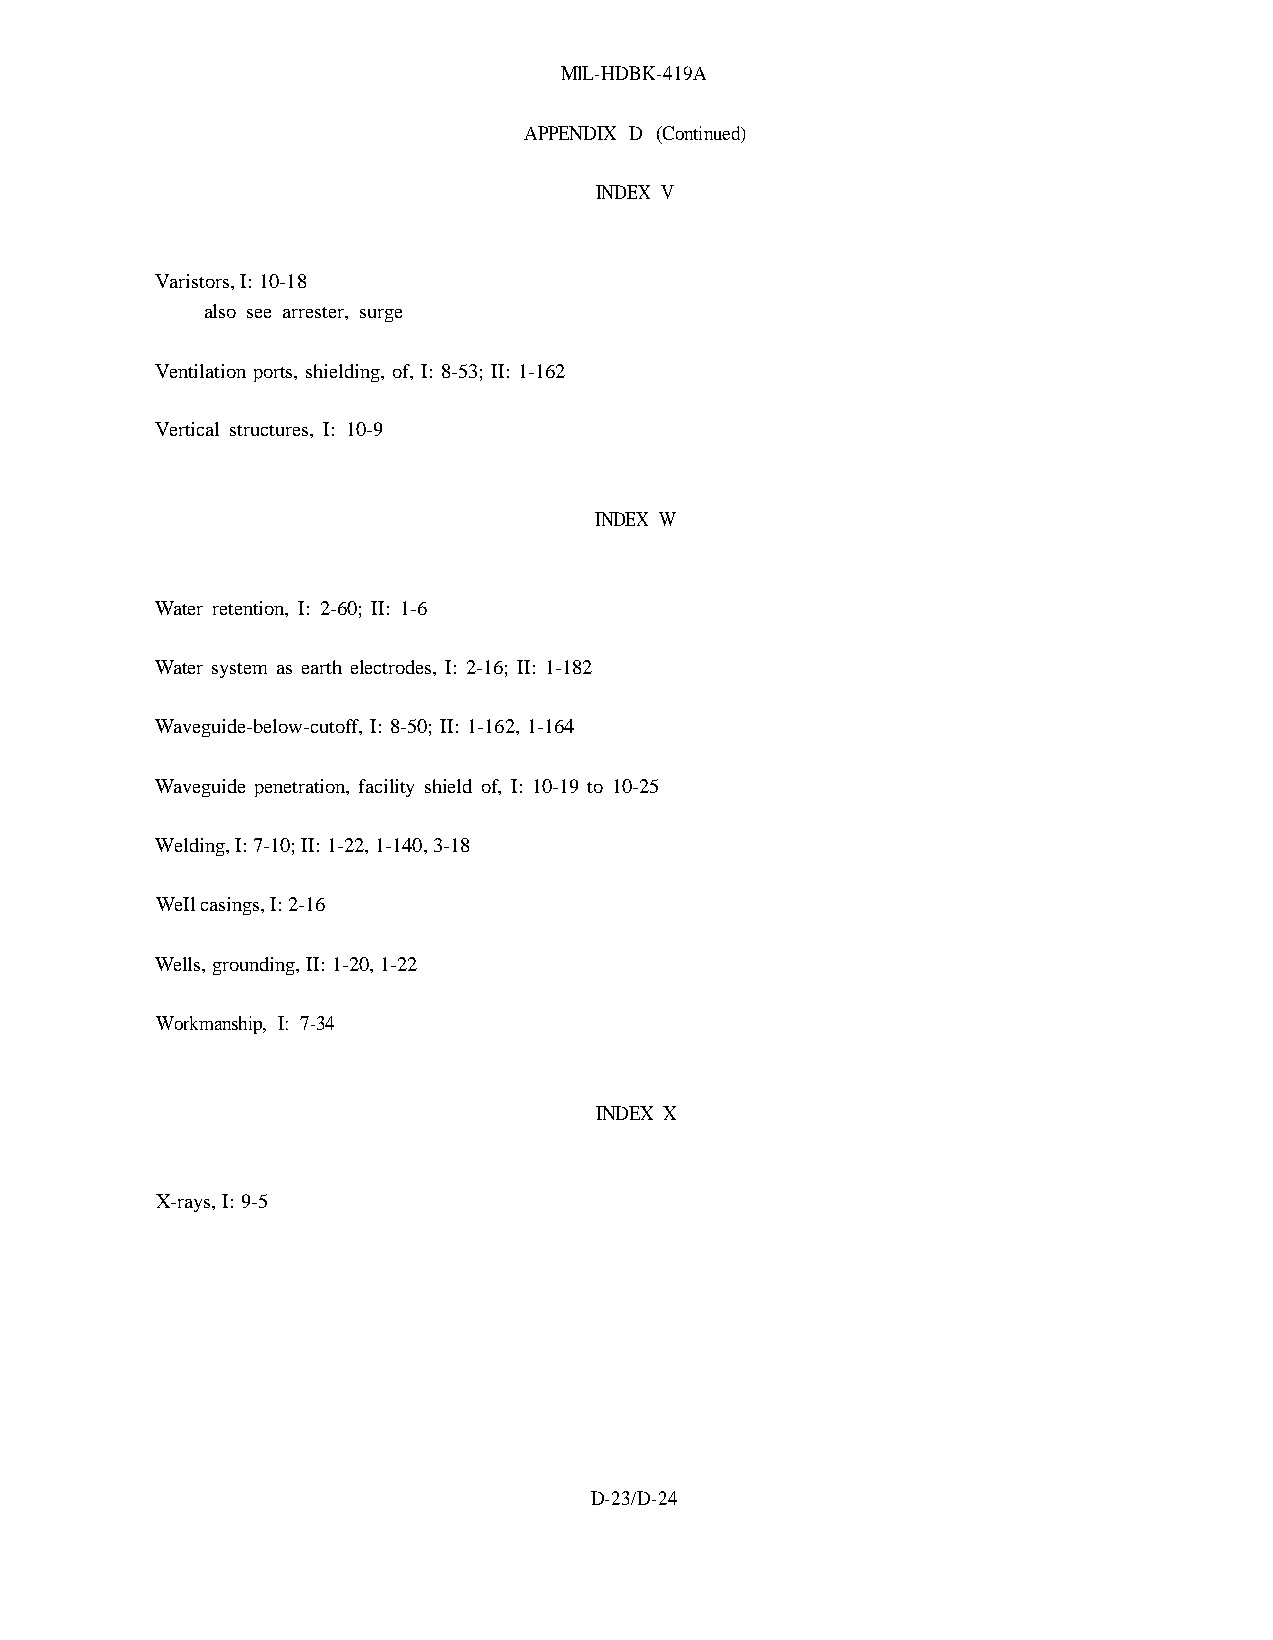
MlL-HDBK-419A
 APPENDIX D (Continued)
 INDEX V
 Varistors, I: 10-18
 also see arrester, surge
 Ventilation ports, shielding, of, I: 8-53; II: 1-162
 Vertical structures, I: 10-9
 INDEX W
 Water retention, I: 2-60; II: 1-6
 Water system as earth electrodes, I: 2-16; II: 1-182
 Waveguide-below-cutoff, I: 8-50; II: 1-162, 1-164
 Waveguide penetration, facility shield of, I: 10-19 to 10-25
 Welding, I: 7-10; II: 1-22, 1-140, 3-18
 WeIl casings, I: 2-16
 Wells, grounding, II: 1-20, 1-22
 Workmanship, I: 7-34
 INDEX X
 X-rays, I: 9-5
 D-23/D-24